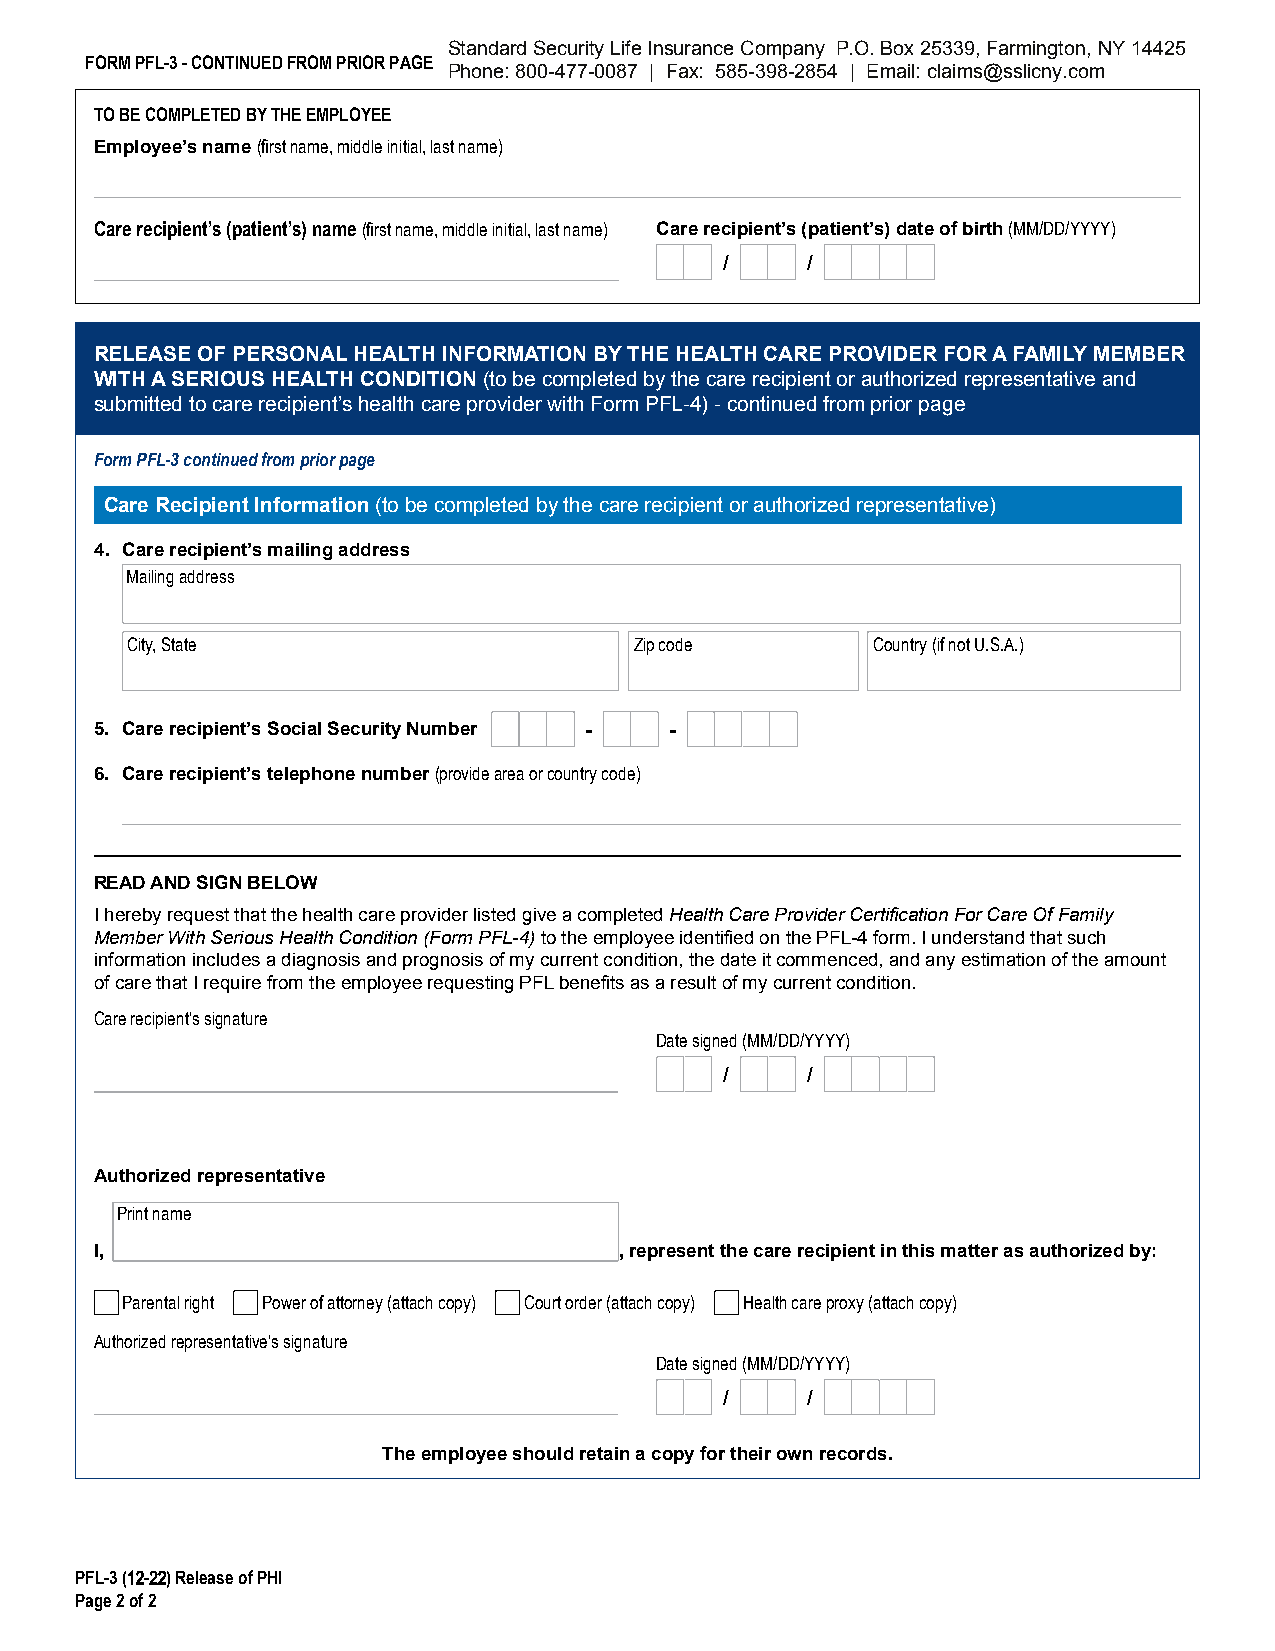
Standard Security Life Insurance Company P.O. Box 25339, Farmington, NY 14425
 FORM PFL-3 - CONTINUED FROM PRIOR PAGE
 Phone: 800-477-0087 | Fax: 585-398-2854 | Email: claims@sslicny.com
 TO BE COMPLETED BY THE EMPLOYEE
 Employee’s name (first name, middle initial, last name)
 Care recipient’s (patient’s) name (first name, middle initial, last name) Care recipient’s (patient’s) date of birth (MM/DD/YYYY)
 /    /
 RELEASE OF PERSONAL HEALTH INFORMATION BY THE HEALTH CARE PROVIDER FOR A FAMILY MEMBER
 WITH A SERIOUS HEALTH CONDITION (to be completed by the care recipient or authorized representative and
 submitted to care recipient’s health care provider with Form PFL-4) - continued from prior page
 Form PFL-3 continued from prior page
 Care Recipient Information (to be completed by the care recipient or authorized representative)
 4. Care recipient’s mailing address
 Mailing address
 City, State                       Zip code        Country (if not U.S.A.)
 5. Care recipient’s Social Security Number - -
 6. Care recipient’s telephone number (provide area or country code)
 READ AND SIGN BELOW
 I hereby request that the health care provider listed give a completed Health Care Provider Certification For Care Of Family
 Member With Serious Health Condition (Form PFL-4) to the employee identified on the PFL-4 form. I understand that such
 information includes a diagnosis and prognosis of my current condition, the date it commenced, and any estimation of the amount
 of care that I require from the employee requesting PFL benefits as a result of my current condition.
 Care recipient’s signature
 Date signed (MM/DD/YYYY)
 /    /
 Authorized representative
 Print name
 I,                                 , represent the care recipient in this matter as authorized by:
 Parental right Power of attorney (attach copy) Court order (attach copy) Health care proxy (attach copy)
 Authorized representative’s signature
 Date signed (MM/DD/YYYY)
 /    /
 The employee should retain a copy for their own records.
 PFL-3 (12-22) Release of PHI
 Page 2 of 2